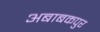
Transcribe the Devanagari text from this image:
अबाबकपुर